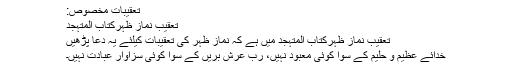
تعقیبات مخصوص:
تعقیب نماز ظہرکتابِ المتہجد
تعقیب نماز ظہرکتابِ المتہجد میں ہے کہ نماز ظہر کی تعقیبات کیلئے یہ دعا پڑھیں
خدائے عظیم و حلیم کے سوا کوئی معبود نہیں، رب ِعرش بریں کے سوا کوئی سزاوارِ عبادت نہیں۔